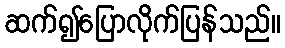
ဆက်၍ပြောလိုက်ပြန်သည်။